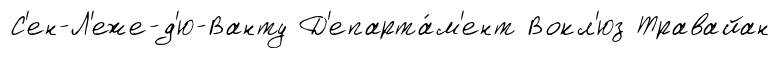
С'ен-Л'еже-д'ю-Ванту Д'епарта́м'ент Вокл'юз Травайан